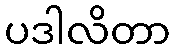
ပဒါလိတာ